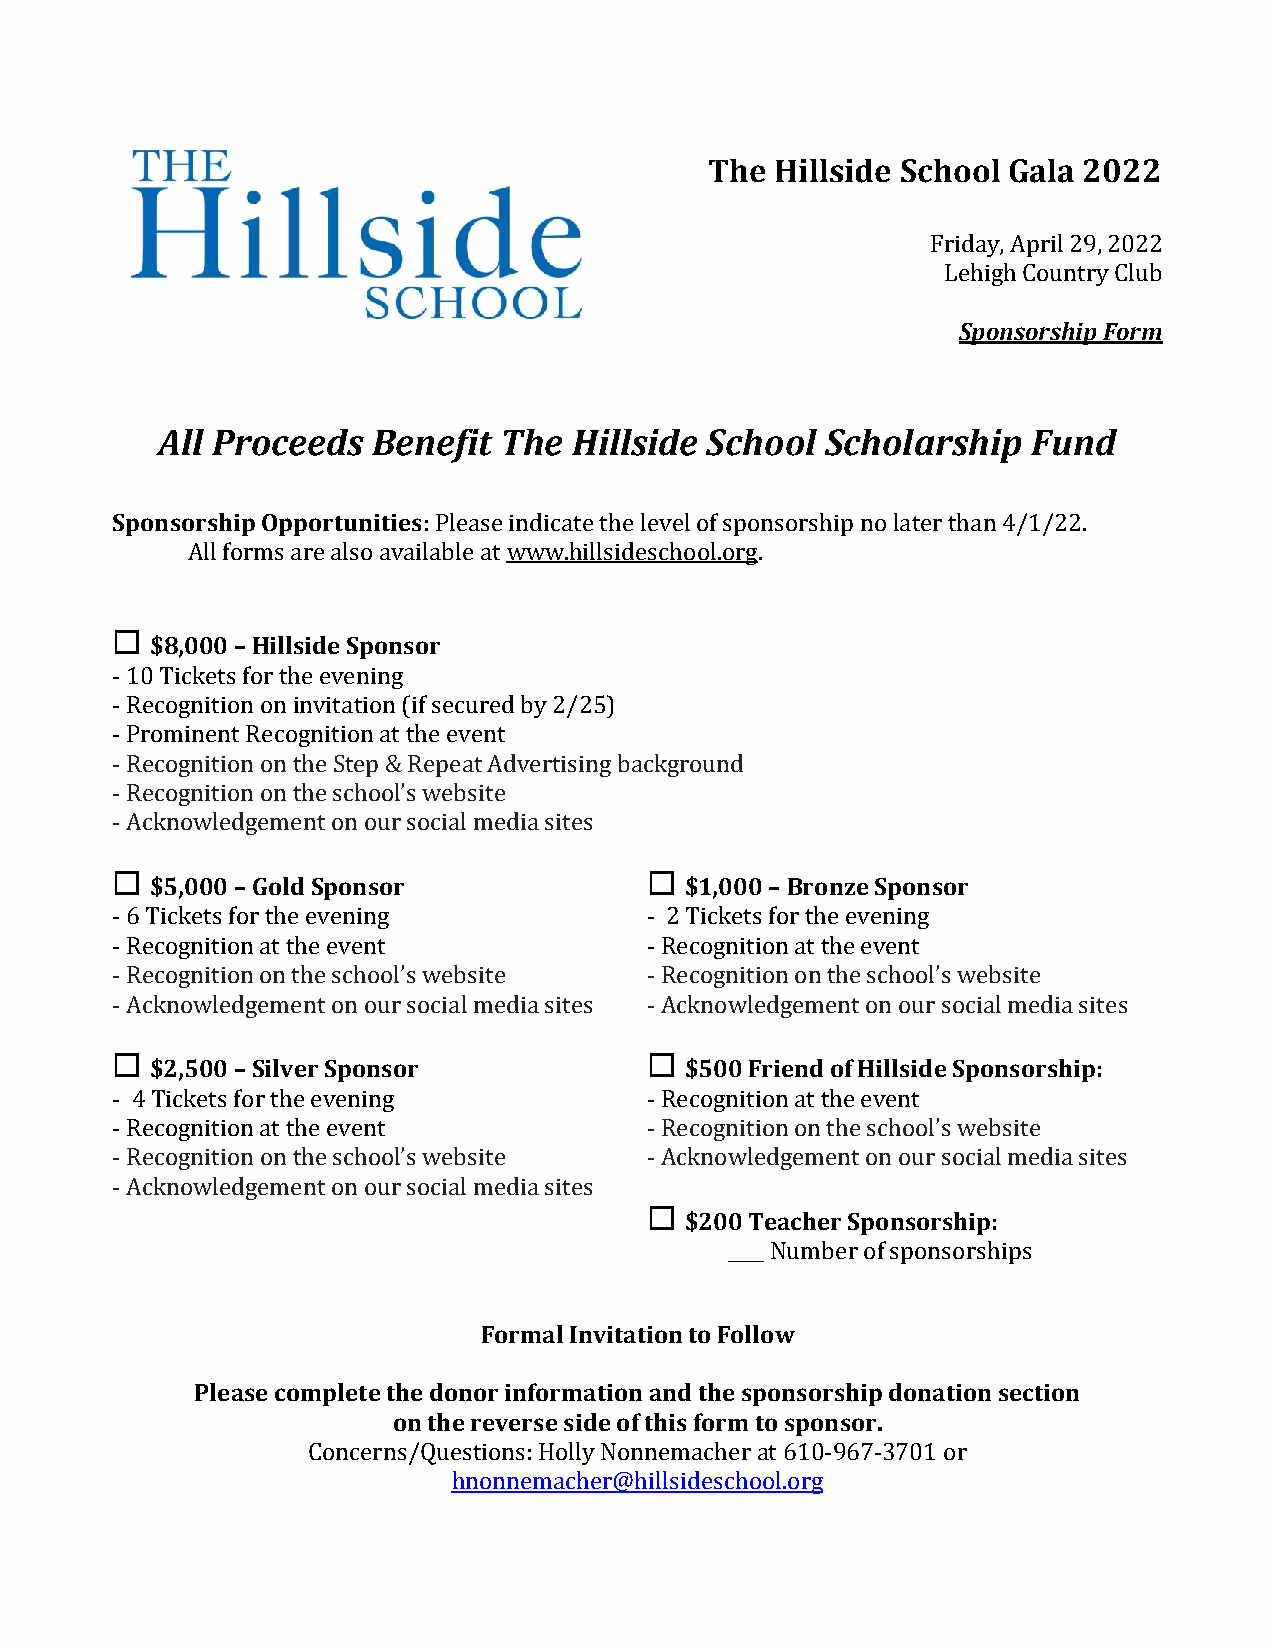
The Hillside School Gala 2022
 Friday, April 29, 2022
 Lehigh Country Club
 Sponsorship Form
 All Proceeds   Benefit The  Hillside School  Scholarship  Fund
 Sponsorship Opportunities: Please indicate the level of sponsorship no later than 4/1/22.
 All forms are also available at www.hillsideschool.org.
 
 $8,000 – Hillside Sponsor
 - 10 Tickets for the evening
 - Recognition on invitation (if secured by 2/25)
 - Prominent Recognition at the event
 - Recognition on the Step & Repeat Advertising background
 - Recognition on the school’s website
 - Acknowledgement on our social media sites
                                    
 $5,000 – Gold Sponsor              $1,000 – Bronze Sponsor
 - 6 Tickets for the evening         - 2 Tickets for the evening
 - Recognition at the event          - Recognition at the event
 - Recognition on the school’s website - Recognition on the school’s website
 - Acknowledgement on our social media sites - Acknowledgement on our social media sites
                                    
 $2,500 – Silver Sponsor            $500 Friend of Hillside Sponsorship:
 - 4 Tickets for the evening         - Recognition at the event
 - Recognition at the event          - Recognition on the school’s website
 - Recognition on the school’s website - Acknowledgement on our social media sites
 - Acknowledgement on our social media sites
 
 $200 Teacher Sponsorship:
 ____ Number of sponsorships
 Formal Invitation to Follow
 Please complete the donor information and the sponsorship donation section
 on the reverse side of this form to sponsor.
 Concerns/Questions: Holly Nonnemacher at 610-967-3701 or
 hnonnemacher@hillsideschool.org